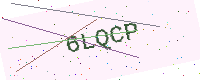
Text: 6LQCP